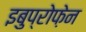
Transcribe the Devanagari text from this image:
इबुप्रोफ़ेन